Triennial report on the lunatic asylums in the province of Eastern Bengal and Assam - 1903-1911
Year: 1903
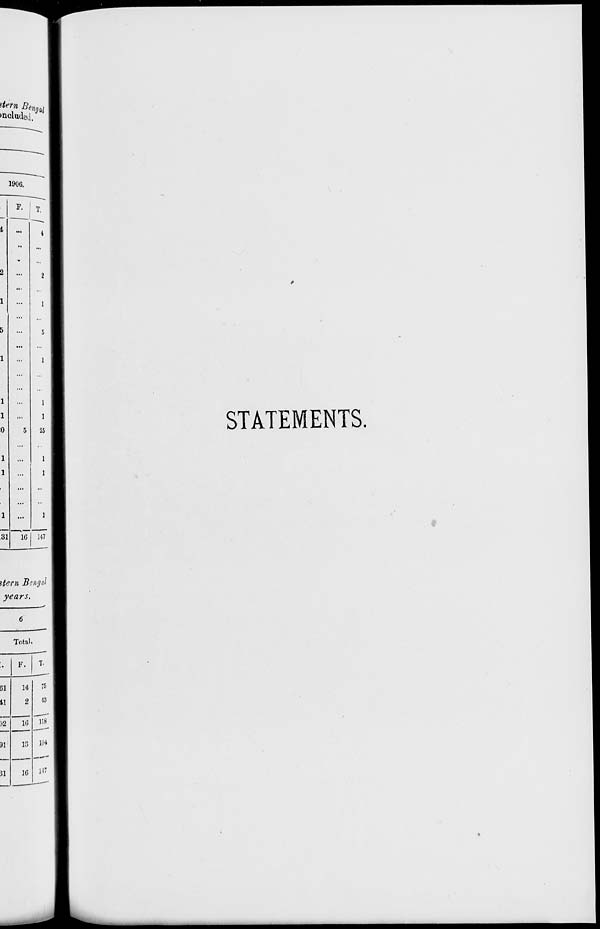
STATEMENTS.